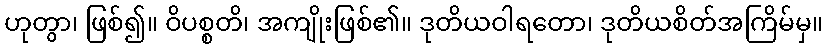
ဟုတွာ၊ ဖြစ်၍။ ဝိပစ္စတိ၊ အကျိုးဖြစ်၏။ ဒုတိယဝါရတော၊ ဒုတိယစိတ်အကြိမ်မှ။